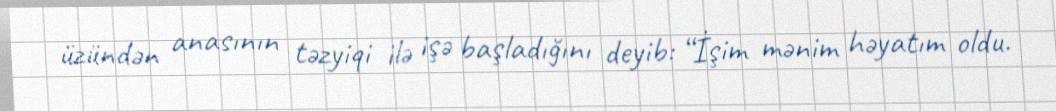
üzündən anasının təzyiqi ilə işə başladığını deyib: “İşim mənim həyatım oldu.